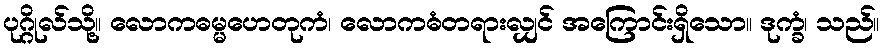
ပုဂ္ဂိုလ်သို့။ လောကဓမ္မဟေတုကံ၊ လောကဓံတရားလျှင် အကြောင်းရှိသော။ ဒုက္ခံ၊ သည်။